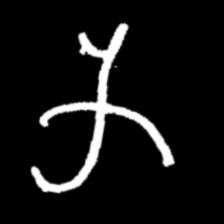
Pyu character \u2014 Myanmar letter: က (romanized: ka)